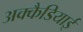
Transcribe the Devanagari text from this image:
अक्कैडियाई